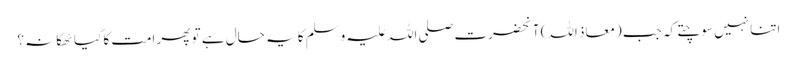
اتنا نہیں سوچتے کہ جب (معاذ اللہ) آنحضرت صلی اللہ علیہ وسلم کا یہ حال ہے تو پھر امت کا کیا ٹھکانہ؟